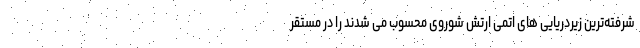
شرفته‌ترین زیردریایی های اتمی ارتش شوروی محسوب می شدند را در مستقر